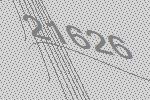
21626